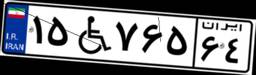
۱۵W۷۶۵۶۴